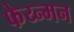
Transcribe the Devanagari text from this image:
फेय्न्मन